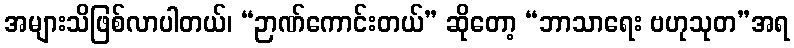
အများသိဖြစ်လာပါတယ်၊ “ဉာဏ်ကောင်းတယ်” ဆိုတော့ “ဘာသာရေး ဗဟုသုတ”အရ